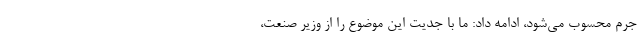
جرم محسوب می‌شود، ادامه داد: ما با جدیت این موضوع را از وزیر صنعت،